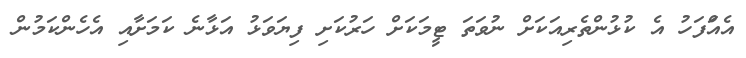
އެއަްފަހު އެ ކުޅުންތެރިއަކަށް ނުވަތަ ޓީމަކަށް ހަރުކަށި ފިޔަވަޅު އަޅާނެ ކަމަށާއި އެހެންކަމުން